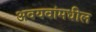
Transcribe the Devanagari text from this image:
अवयवांमधील